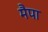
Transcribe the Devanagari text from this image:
मैपा